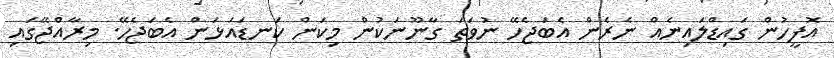
އޮފީހުން ގައިޑްލައިނެއް ނެރެން އެބަޖެހޭ ނުވަތަ ގާނޫނަކުން މިކަން ކަނޑައަޅަން އެބަޖެހޭ. މިރާއްޖޭގައި